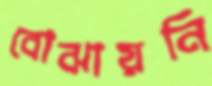
বোঝায়নি